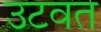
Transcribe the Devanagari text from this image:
उटवत